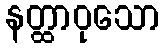
နတ္ထာဝုသော